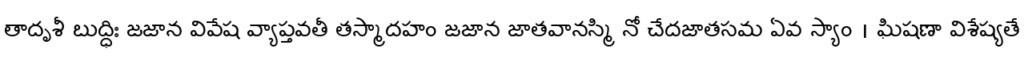
తాదృశీ బుద్ధిః జజాన వివేష వ్యాప్తవతీ తస్మాదహం జజాన జాతవానస్మి నో చేదజాతసమ ఏవ స్యాం । ఘిషణా విశేష్యతే